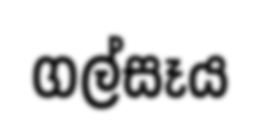
ගල්සෑය